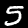
Digit: 5